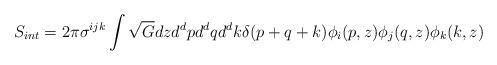
LaTeX: \begin{align*}S_{int}= 2\pi \sigma^{ijk} \int \sqrt{G} dz d^dp d^dq d^dk \delta(p+q+k)\phi_i(p,z) \phi_j(q,z) \phi_k(k,z)\end{align*}